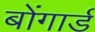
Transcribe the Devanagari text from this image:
बोंगार्ड